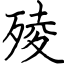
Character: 㱥